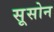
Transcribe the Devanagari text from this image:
सूसोन